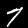
Label: 7